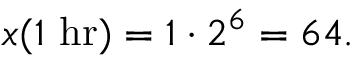
x ( 1 { \mathrm { ~ h r } } ) = 1 \cdot 2 ^ { 6 } = 6 4 .